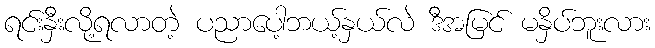
ရင်းနှီးလို့ရလာတဲ့ ပညာပေါ့ဘယ့်နှယ်လဲ ဒီအမြင် မနှိပ်ဘူးလား